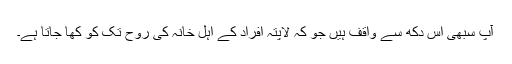
آپ سبھی اس دکھ سے واقف ہیں جو کہ لاپتہ افراد کے اہل خانہ کی روح تک کو کھا جاتا ہے۔